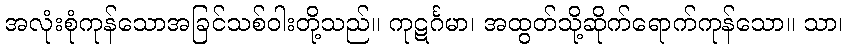
အလုံးစုံကုန်သောအခြင်သစ်ဝါးတို့သည်။ ကုဋင်္ဂမာ၊ အထွတ်သို့ဆိုက်ရောက်ကုန်သော။ သာ၊